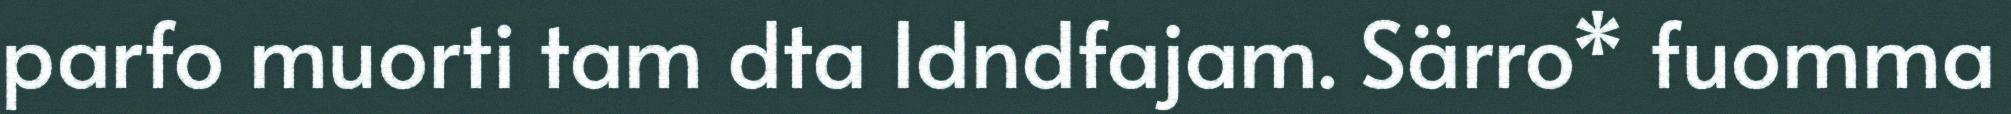
parfo muorti tam dta Idndfajam. Särro* fuomma